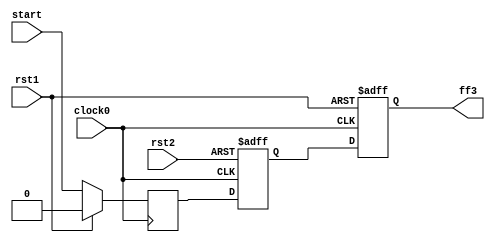
module hop2_L4(
   	
		input	clock0,
		input	rst1,
		input 	rst2,
		input 	start,
		output 	ff3
		
		);

		reg ff1,ff2,ff3;


  	always @( posedge clock0)
   	begin
   		if( rst1 )
       			ff1 <= 0;
		else
			ff1<= start;
	end


	always @(posedge clock0, negedge rst2)
	begin
    		if( !rst2 )
       			ff2 <= 0;      
    		else 
			ff2<= ff1;

	end



  	always @( posedge clock0, posedge rst1 )
   	begin
   		if( rst1 )
       			ff3 <= 0;
		else
			ff3<= ff2;
	end

endmodule